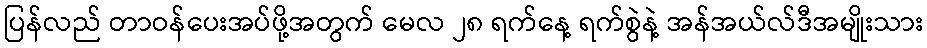
ပြန်လည် တာဝန်ပေးအပ်ဖို့အတွက် မေလ ၂၈ ရက်နေ့ ရက်စွဲနဲ့ အန်အယ်လ်ဒီအမျိုးသား